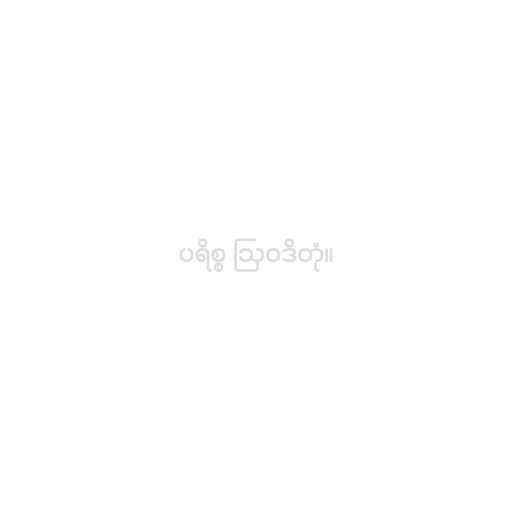
ပရိစ္စ ဩဝဒိတုံ။